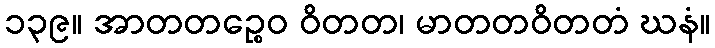
၁၃၉။ အာတတဉ္စေဝ ဝိတတ၊ မာတတဝိတတံ ဃနံ။